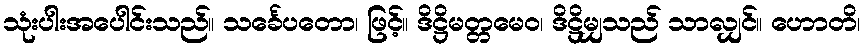
သုံးပါးအပေါင်းသည်။ သင်္ခေပတော၊ ဖြင့်။ ဒိဋ္ဌိမတ္တမေဝ၊ ဒိဋ္ဌိမျှသည် သာလျှင်။ ဟောတိ၊